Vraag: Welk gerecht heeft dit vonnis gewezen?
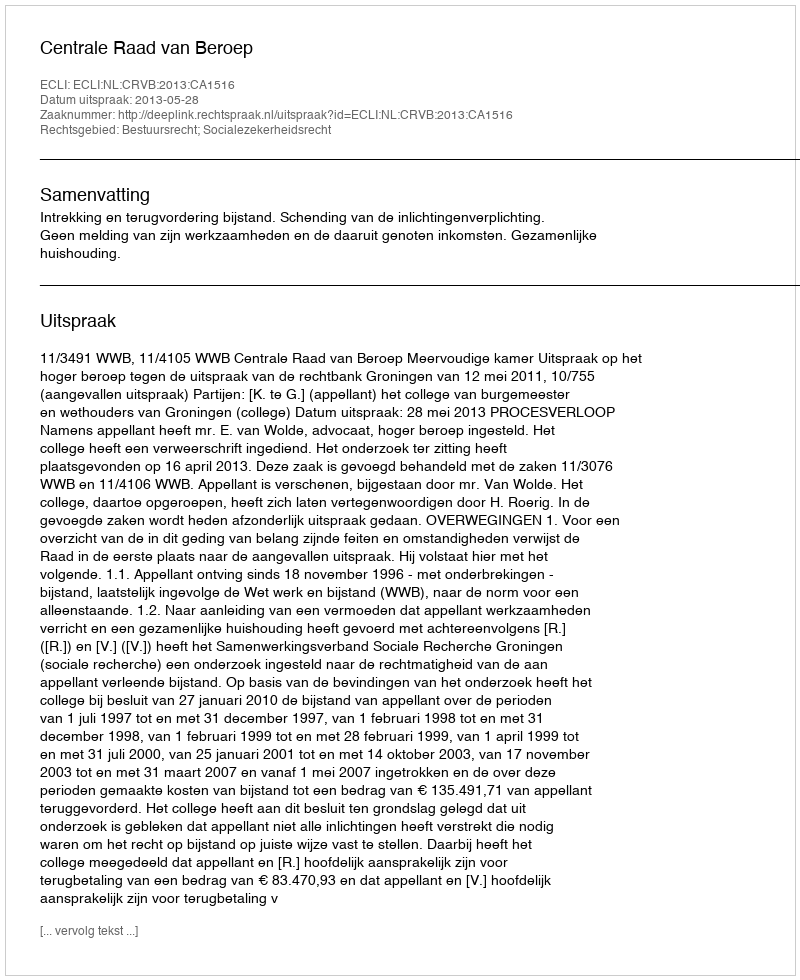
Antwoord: Centrale Raad van Beroep